Plague in India, 1896, 1897 - Volume 1
Year: 1896
Disease focus: Plague
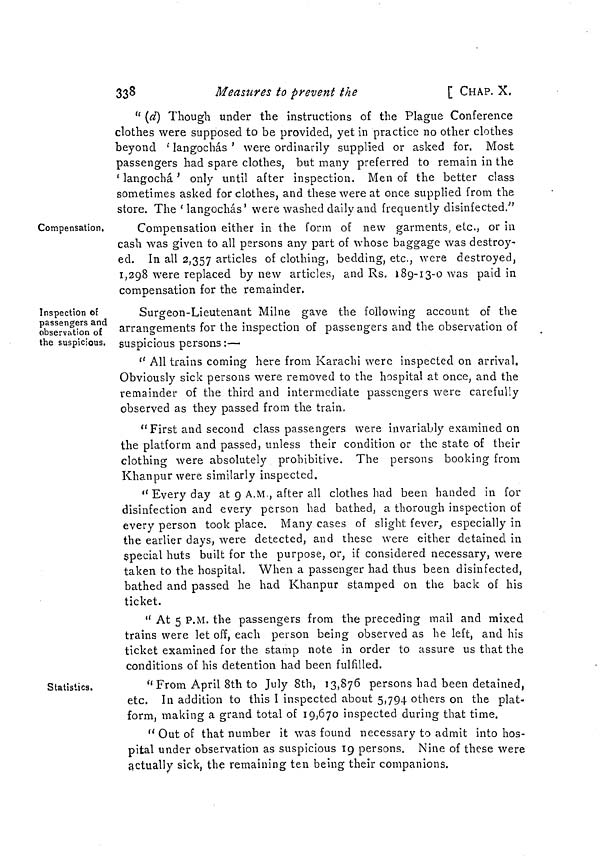
338
Measures to prevent the
[ CHAP. X,
" (d) Though under the instructions of the Plague Conference
clothes were supposed to be provided, yet in practice no other clothes
beyond 'langochás ' were ordinarily supplied or asked for. Most
passengers had spare clothes, but many preferred to remain in the
'langochá' only until after inspection. Men of the better class
sometimes asked for clothes, and these were at once supplied from the
store. The 'langochás' were washed daily and frequently disinfected."
Compensation,
Compensation either in the form of new garments, etc., or in
cash was given to all persons any part of whose baggage was destroy-
ed. In all 2,357 articles of clothing, bedding, etc., were destroyed,
1,298 were replaced by new articles, and Rs. 189-13-0 was paid in
compensation for the remainder.
Inspection of
passengers and
observation of
the suspicious.
Surgeon-Lieutenant Milne gave the following account of the
arrangements for the inspection of passengers and the observation of
suspicious persons:—
" All trains coming here from Karachi were inspected on arrival.
Obviously sick persons were removed to the hospital at once, and the
remainder of the third and intermediate passengers were carefully
observed as they passed from the train.
"First and second class passengers were invariably examined on
the platform and passed, unless their condition or the state of their
clothing were absolutely prohibitive. The persons booking from
Khanpurwere similarly inspected.
" Every day at 9 A.M., after all clothes had been handed in for
disinfection and every person had bathed, a thorough inspection of
every person took place. Many cases of slight fever, especially in
the earlier days, were detected, and these were either detained in
special huts built for the purpose, or, if considered necessary, were
taken to the hospital. When a passenger had thus been disinfected,
bathed and passed he had Khanpur stamped on the back of his
ticket.
" At 5 P.M. the passengers from the preceding mail and mixed
trains were let off, each person being observed as he left, and his
ticket examined for the stamp note in order to assure us that the
conditions of his detention had been fulfilled.
Statistics.
" From April 8th to July 8th, 13,876 persons had been detained,
etc. In addition to this I inspected about 5,794 others on the plat-
form, making a grand total of 19,670 inspected during that time.
" Out of that number it was found necessary to admit into hos-
pital under observation as suspicious 19 persons. Nine of these were
actually sick, the remaining ten being their companions.